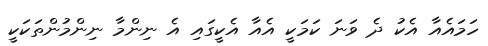
ހަމައެއާ އެކު ދެ ވަނަ ކަމަކީ އެއާ އެކީގައި އެ ނިންމާ ނިންމުންތަކަކީ